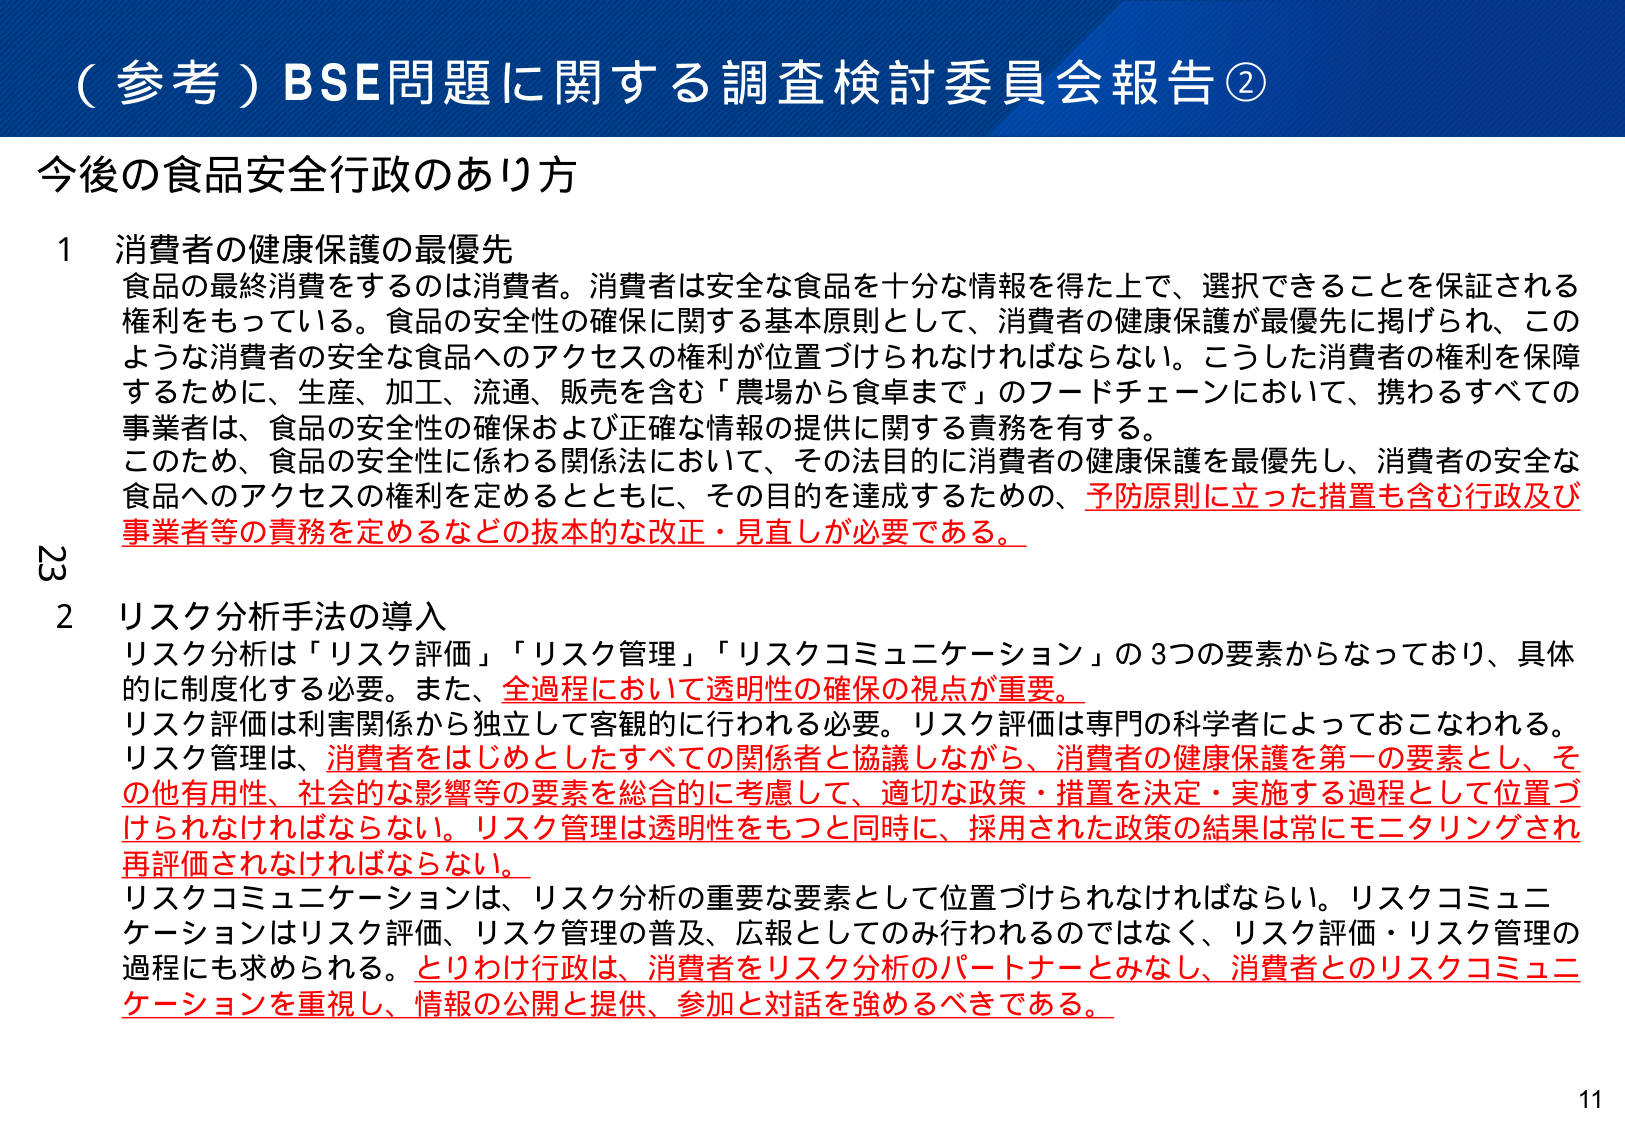
（参考）BSE問題に関する調査検討委員会報告②

今後の食品安全行政のあり方

1 消費者の健康保護の最優先
食品の最終消費をするのは消費者。消費者は安全な食品を十分な情報を得た上で、選択できることを保証される権利をもっている。食品の安全性の確保に関する基本原則として、消費者の健康保護が最優先に掲げられ、このような消費者の安全な食品へのアクセスの権利が位置づけられなければならない。こうした消費者の権利を保障するために、生産、加工、流通、販売を含む「農場から食卓まで」のフードチェーンにおいて、携わるすべての事業者は、食品の安全性の確保および正確な情報の提供に関する責務を有する。
このため、食品の安全性に係わる関係法において、その法目的に消費者の健康保護を最優先し、消費者の安全な食品へのアクセスの権利を定めるとともに、その目的を達成するための、予防原則に立った措置も含む行政及び事業者等の責務を定めるなどの抜本的な改正・見直しが必要である。

2 リスク分析手法の導入
リスク分析は「リスク評価」「リスク管理」「リスクコミュニケーション」の3つの要素からなっており、具体的に制度化する必要。また、全過程において透明性の確保の視点が重要。
リスク評価は利害関係から独立して客観的に行われる必要。リスク評価は専門の科学者によっておこなわれる。
リスク管理は、消費者をはじめとしたすべての関係者と協議しながら、消費者の健康保護を第一の要素とし、その他有用性、社会的な影響等の要素を総合的に考慮して、適切な政策・措置を決定・実施する過程として位置づけられなければならない。リスク管理は透明性をもつと同時に、採用された政策の結果は常にモニタリングされ再評価されなければならない。
リスクコミュニケーションは、リスク分析の重要な要素として位置づけられなければならない。リスクコミュニケーションはリスク評価、リスク管理の普及、広報としてのみ行われるのではなく、リスク評価・リスク管理の過程にも求められる。とりわけ行政は、消費者をリスク分析のパートナーとみなし、消費者とのリスクコミュニケーションを重視し、情報の公開と提供、参加と対話を強めるべきである。

23
11